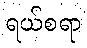
ရယ်စရာ